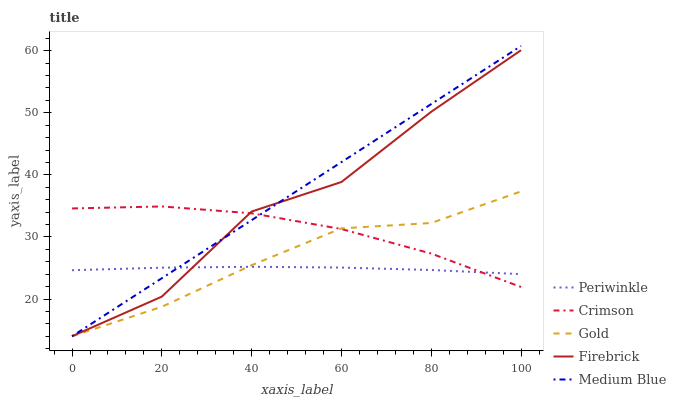
| xaxis_label | Periwinkle | Crimson | Gold | Firebrick | Medium Blue |
 | --- | --- | --- | --- | --- | --- |
 | 0 | 24.6 | 34.6 | 14 | 14 | 14 |
 | 20 | 25 | 34.9 | 18.7 | 20.4 | 23.4 |
 | 40 | 25.2 | 33.8 | 25.5 | 34.1 | 32.7 |
 | 60 | 25.1 | 31.3 | 31.4 | 38.9 | 42.1 |
 | 80 | 24.7 | 27.3 | 32.2 | 50.2 | 51.4 |
 | 100 | 24 | 21.9 | 37.3 | 60.1 | 60.8 |